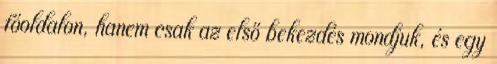
főoldalon, hanem csak az első bekezdés mondjuk, és egy